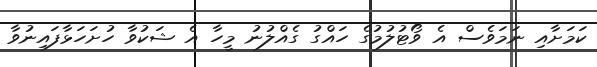
ކަމަށާއި ނަމަވެސް އެ ވޯޓުލުމުގެ ހައްގު ގެއްލުނު މީހާ އެ ޝަކުވާ ހުށަހަޅާފައިނުވާ